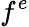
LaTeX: f^{e}